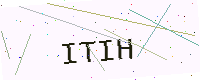
Text: ITIH